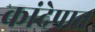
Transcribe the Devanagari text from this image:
कांदेपात